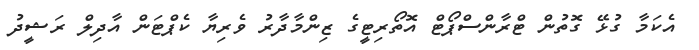
އެކަމާ ގުޅޭ ގޮތުން ޓްރާންސްޕޯޓް އޮތޯރިޓީގެ ޒިންމާދާރު ވެރިޔާ ކެޕްޓަން އާދިލް ރަޝީދު